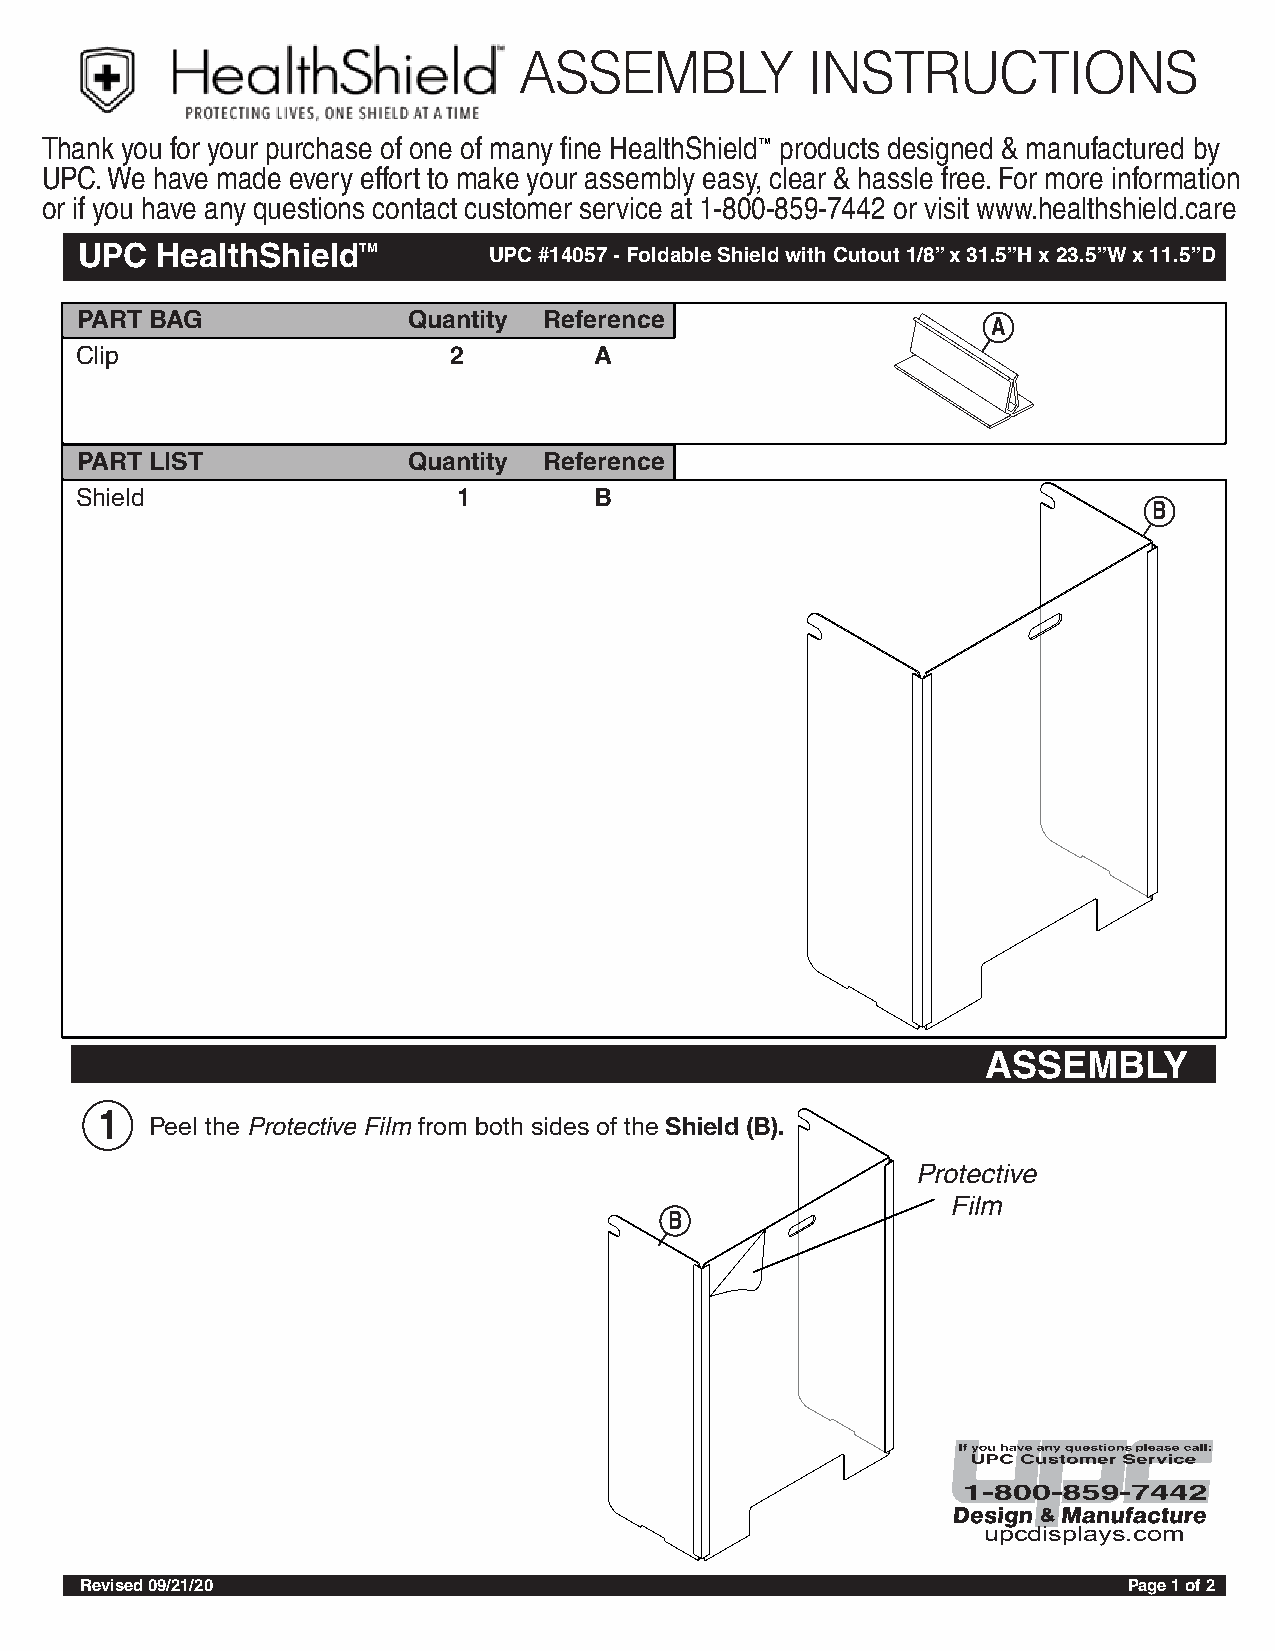
ASSEMBLY           INSTRUCTIONS
 Thank you for your purchase of one of many fine HealthShield TM products designed & manufactured by
 UPC. We have made every effort to make your assembly easy, clear & hassle free. For more information
 or if you have any questions contact customer service at 1-800-859-7442 or visit www.healthshield.care
 UPC  HealthShieldT M       UPC #14057 - Foldable Shield with Cutout 1/8” x 31.5”H x 23.5”W x 11.5”D
 PART BAG              Quantity Reference
 A
 Clip                     2        A
 PART LIST             Quantity Reference
 Shield                   1        B
 B
 ASSEMBLY
 1
 Peel the Protective Film from both sides of the Shield (B).
 Protective
 Film
 B
 upcdisplays.com
 Revised 09/21/20                                                      Page 1 of 2